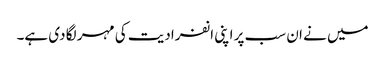
میں نے ان سب پر اپنی انفرادیت کی مہر لگا دی ہے۔